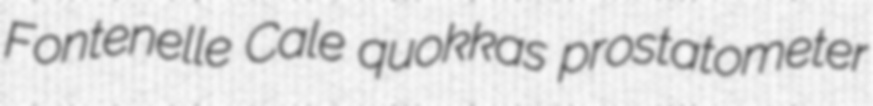
Fontenelle Cale quokkas prostatometer